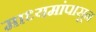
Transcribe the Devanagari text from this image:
माध्यमांपासून